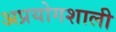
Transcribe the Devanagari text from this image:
अप्रयोगशाली